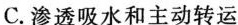
C.渗透吸水和主动转运